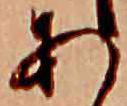
あ